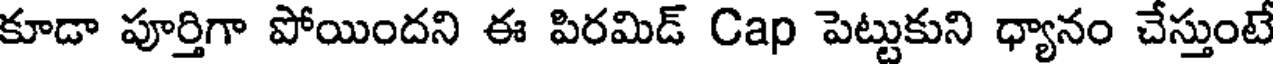
కూడా పూర్తిగా పోయిందని ఈ పిరమిడ్ Cap పెట్టుకుని ధ్యానం చేస్తుంటే